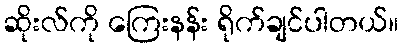
ဆိုးလ်ကို ကြေးနန်း ရိုက်ချင်ပါတယ်။